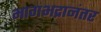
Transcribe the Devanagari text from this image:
भागभद्रानंतर